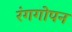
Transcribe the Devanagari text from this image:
रंगगोपन